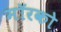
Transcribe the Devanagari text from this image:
मॉरको